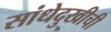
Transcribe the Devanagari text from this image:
सांधेदुखीची